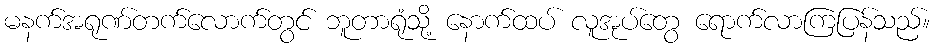
မနက်အရုဏ်တက်လောက်တွင် ဘူတာရုံသို့ နောက်ထပ် လူအုပ်တွေ ရောက်လာကြပြန်သည်။